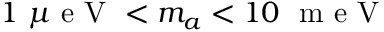
1 ~ \mu \mathrm { ~ e ~ V ~ } < m _ { a } < 1 0 ~ \mathrm { ~ m ~ e ~ V ~ }